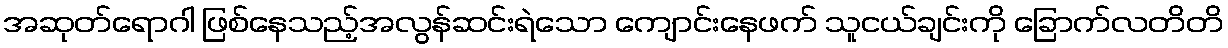
အဆုတ်ရောဂါ ဖြစ်နေသည့်အလွန်ဆင်းရဲသော ကျောင်းနေဖက် သူငယ်ချင်းကို ခြောက်လတိတိ